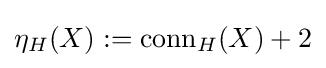
\eta _{H}(X):={\text{conn}}_{H}(X)+2